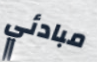
مبادئي